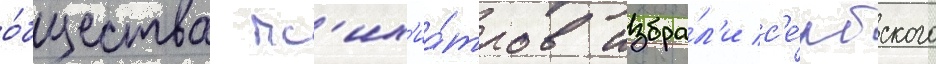
о́бщества пс'их'иа́тров избра́л'и с'е́рбского